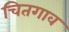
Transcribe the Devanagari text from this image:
चितगाव